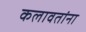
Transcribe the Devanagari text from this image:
कलावतांना